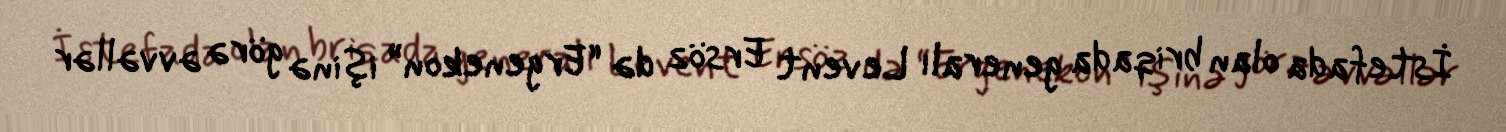
İstefada olan briqada generalı Levent Ersöz də “Ergenekon” işinə görə əvvəllər